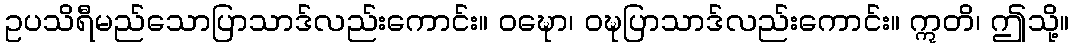
ဥပသိရီမည်သောပြာသာဒ်လည်းကောင်း။ ဝဍ္ဎော၊ ဝဍ္ဎပြာသာဒ်လည်းကောင်း။ ဣတိ၊ ဤသို့။